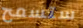
ستسمح